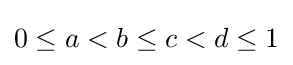
0\leq a<b\leq c<d\leq 1